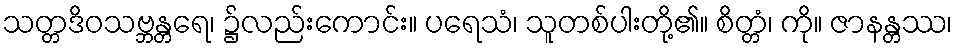
သတ္တဒိဝသဗ္ဘန္တရေ၊ ၌လည်းကောင်း။ ပရေသံ၊ သူတစ်ပါးတို့၏။ စိတ္တံ၊ ကို။ ဇာနန္တဿ၊